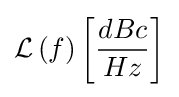
{\mathcal {L}}\left(f\right)\left[{\frac {dBc}{Hz}}\right]